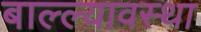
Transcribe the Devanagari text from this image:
बाल्ल्यावस्था